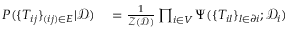
\begin{array} { r l } { P ( \{ T _ { i j } \} _ { ( i j ) \in E } | \mathcal { D } ) } & { { } = \frac { 1 } { \mathcal { Z } ( \mathcal { D } ) } \prod _ { i \in V } \Psi ( \{ T _ { i l } \} _ { l \in \partial i } ; \mathcal { D } _ { i } ) } \end{array}